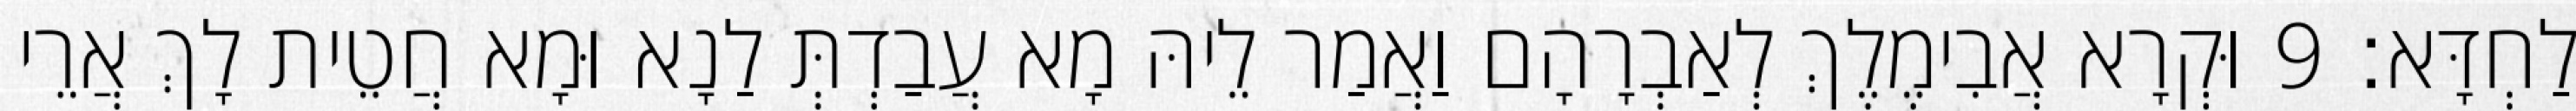
לַחְדָּא׃ 9 וּקְרָא אֲבִימֶלֶךְ לְאַבְרָהָם וַאֲמַר לֵיהּ מָא עֲבַדְתְּ לַנָא וּמָא חֲטֵית לָךְ אֲרֵי